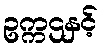
ဥက္ကဌနှင့်